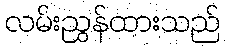
လမ်းညွှန်ထားသည်